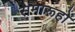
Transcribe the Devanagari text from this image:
समारूहों